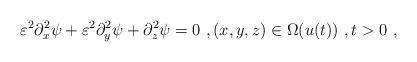
LaTeX: \begin{align*}\varepsilon^2\partial_x^2\psi + \varepsilon^2\partial_y^2\psi +\partial_z^2\psi =0\ ,(x,y,z)\in \Omega(u(t))\ ,t>0\ ,\end{align*}